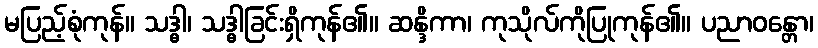
မပြည့်စုံကုန်။ သဒ္ဓါ၊ သဒ္ဓါခြင်းရှိကုန်၏။ ဆန္ဒိကာ၊ ကုသိုလ်ကိုပြုကုန်၏။ ပညာဝန္တော၊